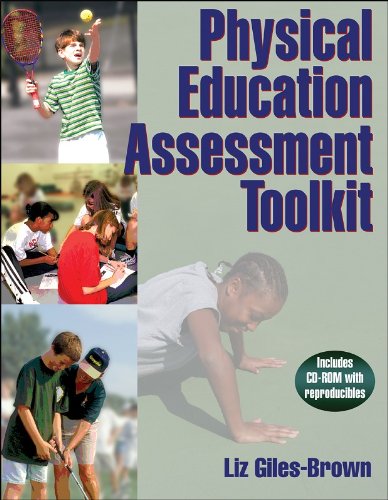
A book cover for Physical Education Assessment Toolkit; Elizabeth Giles-Brown; Health, Fitness & Dieting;